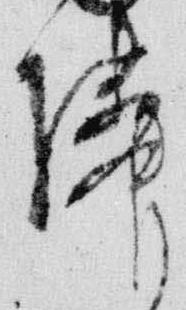
隣